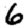
Digit: 6